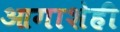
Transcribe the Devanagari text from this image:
आगाशेही